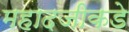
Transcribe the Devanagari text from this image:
महादजीकडे